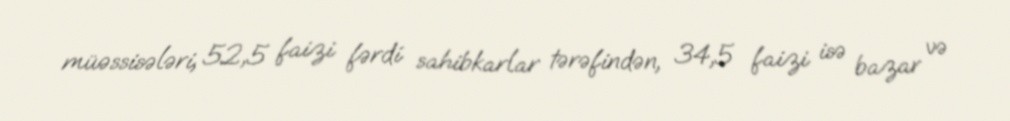
müəssisələri, 52,5 faizi fərdi sahibkarlar tərəfindən, 34,5 faizi isə bazar və